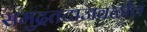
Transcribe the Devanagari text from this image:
समुद्रतटाजवळील